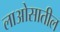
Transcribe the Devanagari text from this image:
लाओसातील